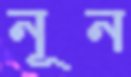
নূন